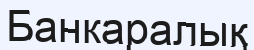
Банкаралық